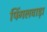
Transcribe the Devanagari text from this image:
पिंगलवाड़ा